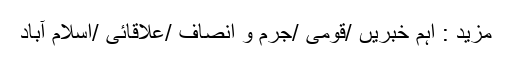
مزید : اہم خبریں /قومی /جرم و انصاف /علاقائی /اسلام آباد